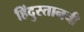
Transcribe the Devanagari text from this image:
हिंदुस्तानची